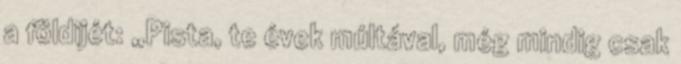
a földijét: „Pista, te évek múltával, még mindig csak